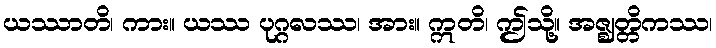
ယဿာတိ၊ ကား။ ယဿ ပုဂ္ဂလဿ၊ အား။ ဣတိ၊ ဤသို့။ အဇ္ဈတ္တိကဿ၊